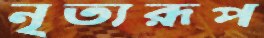
নৃত্যরূপ